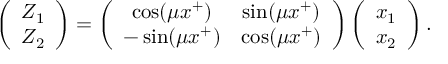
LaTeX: \left( \begin{array} { c } { { Z _ { 1 } } } \\ { { Z _ { 2 } } } \end{array} \right) = \left( \begin{array} { c c } { { \cos ( \mu x ^ { + } ) } } & { { \sin ( \mu x ^ { + } ) } } \\ { { - \sin ( \mu x ^ { + } ) } } & { { \cos ( \mu x ^ { + } ) } } \end{array} \right) \left( \begin{array} { c } { { x _ { 1 } } } \\ { { x _ { 2 } } } \end{array} \right) .